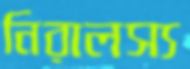
নিরালস্য